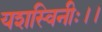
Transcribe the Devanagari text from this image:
यशस्विनीः।।